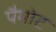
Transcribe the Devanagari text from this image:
पैमोट